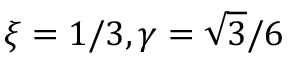
\xi = 1 / 3 , \gamma = \sqrt 3 / 6